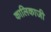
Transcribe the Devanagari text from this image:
कालिकाजी